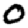
Digit: 0